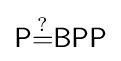
{\mathsf {P}}{\overset {?}{=}}{\mathsf {BPP}}